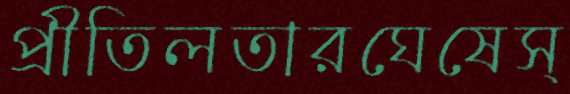
প্রীতিলতারঘেষেস্